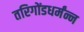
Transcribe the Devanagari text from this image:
तरिगोंडधर्मंन्न